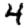
Digit: 4